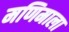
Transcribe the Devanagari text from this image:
मणिमाला